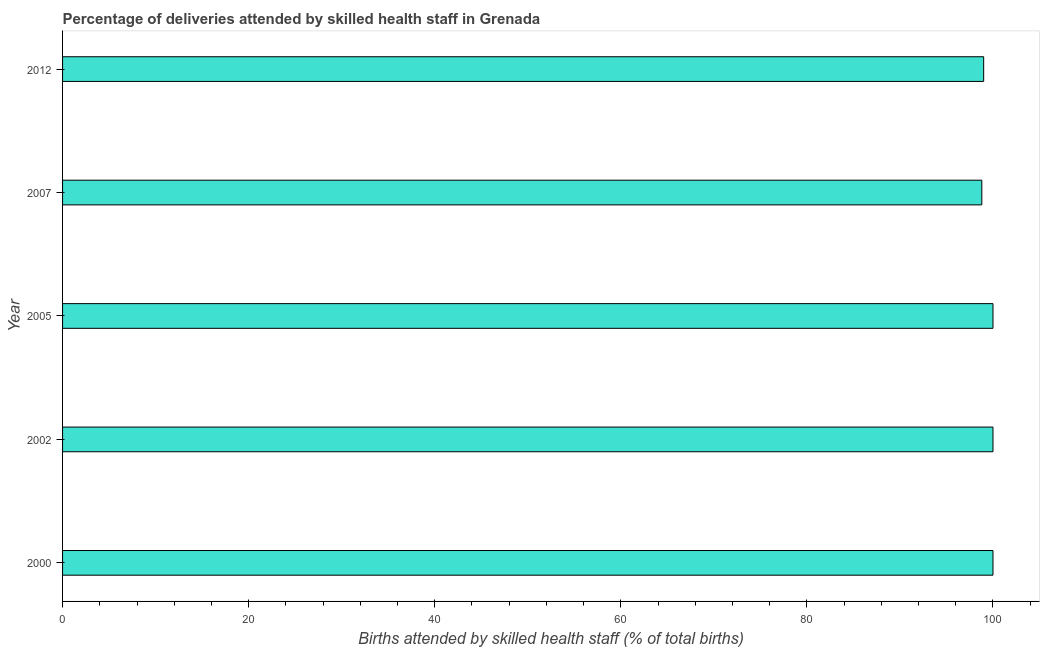
| Year | Births attended by skilled health staff |
 | --- | --- |
 | 2000 | 100 |
 | 2002 | 100 |
 | 2005 | 100 |
 | 2007 | 98.8 |
 | 2012 | 99 |